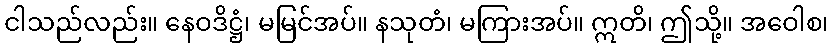
ငါသည်လည်း။ နေဝဒိဋ္ဌံ၊ မမြင်အပ်။ နသုတံ၊ မကြားအပ်။ ဣတိ၊ ဤသို့။ အဝေါစ၊